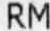
RM